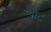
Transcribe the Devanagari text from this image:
स्‍वीट